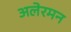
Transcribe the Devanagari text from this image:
अलेरमन